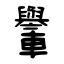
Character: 轝